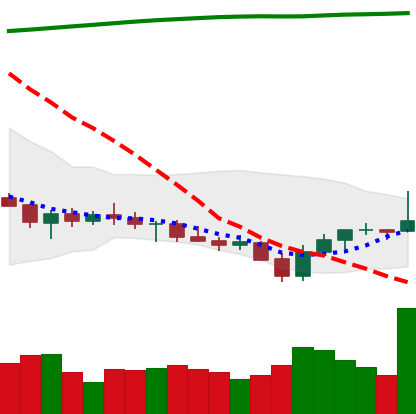
Ticker: XRP-USD
Chart end date: 2021-07-26
Forward return: 19.528%
Label: up_7plus